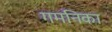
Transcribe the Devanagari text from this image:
गमनिका